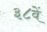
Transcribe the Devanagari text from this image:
३८वें